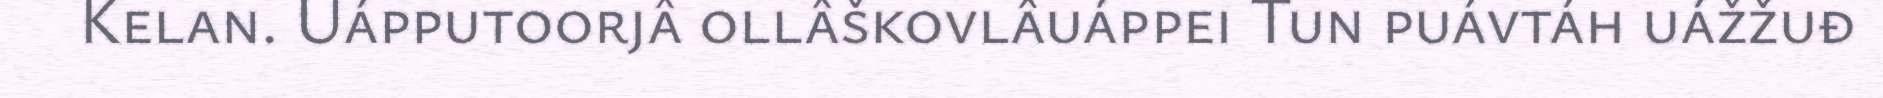
Kelan. Uápputoorjâ ollâškovlâuáppei Tun puávtáh uážžuđ